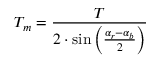
T _ { m } = { \frac { T } { 2 \cdot \sin \left( { \frac { \alpha _ { r } - \alpha _ { b } } { 2 } } \right) } }